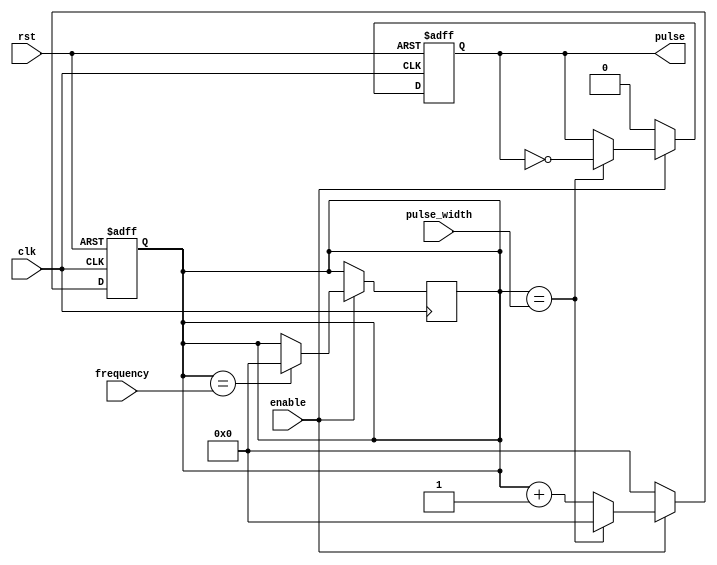
module ProgrammablePulseGenerator (
    input wire clk, //clock signal
    input wire rst, //reset signal
    input wire enable, //enable signal
    input wire [15:0] pulse_width, //programmable pulse width
    input wire [15:0] frequency, //programmable frequency
    output reg pulse //output pulse signal
);

reg [15:0] count;
reg pulse_reg;

always @(posedge clk or posedge rst) begin
    if (rst) begin
        count <= 16'd0; //reset count
        pulse_reg <= 1'b0; //reset pulse signal
    end else begin
        if (enable) begin
            if (count == pulse_width) begin
                pulse_reg <= ~pulse_reg; //toggle pulse signal
                count <= 16'd0; //reset count
            end else begin
                count <= count + 1; //increment count
            end
        end else begin
            pulse_reg <= 1'b0; //disable pulse signal
            count <= 16'd0; //reset count
        end
    end
end

always @(posedge clk) begin
    if (enable) begin
        if (count == frequency) begin
            count <= 16'd0; //reset count to generate new pulse
        end
    end
end

assign pulse = pulse_reg;

endmodule